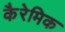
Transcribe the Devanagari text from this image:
कैरेमिक